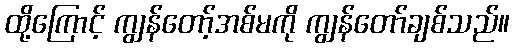
ထို့ကြောင့် ကျွန်တော့်အစ်မကို ကျွန်တော်ချစ်သည်။